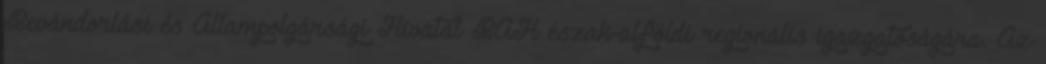
Bevándorlási és Állampolgársági Hivatal BÁH észak-alföldi regionális igazgatóságára. Az